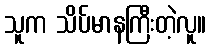
သူက သိပ်မာနကြီးတဲ့လူ။